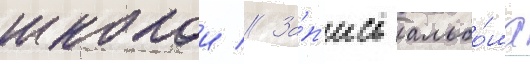
школои // За́п'ись альбо́ма